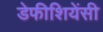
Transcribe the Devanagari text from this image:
डेफीशियेंसी